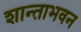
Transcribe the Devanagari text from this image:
शान्ताभवन